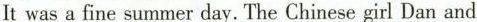
Itwas a fine summer day. The Chinese girl Dan and